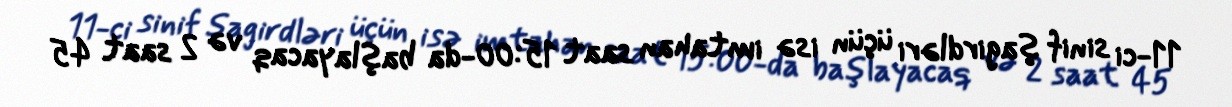
11-ci sinif şagirdləri üçün isə imtahan saat 15:00-da başlayacaq və 2 saat 45